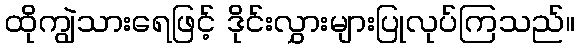
ထိုကျွဲသားရေဖြင့် ဒိုင်းလွှားများပြုလုပ်ကြသည်။